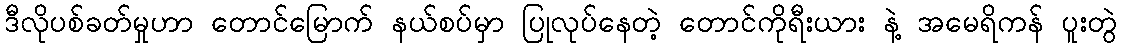
ဒီလိုပစ်ခတ်မှုဟာ တောင်မြောက် နယ်စပ်မှာ ပြုလုပ်နေတဲ့ တောင်ကိုရီးယား နဲ့ အမေရိကန် ပူးတွဲ